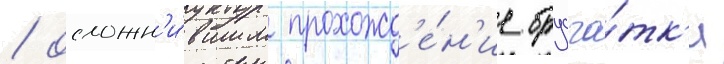
/ осложн'и́вшим прохожд'е́н'ие брусча́тк'и